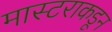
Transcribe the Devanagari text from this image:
मास्टराकडून